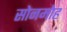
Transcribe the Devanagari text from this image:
सोनमोह